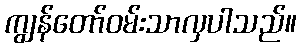
ကျွန်တော်ဝမ်းသာလှပါသည်။